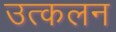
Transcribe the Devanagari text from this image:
उत्‍कलन